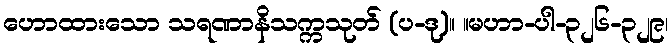
ဟောထားသော သရဏာနိသက္ကသုတ် (ပ-ဒု)။ ။မဟာ-ပါ-၃၂၆-၃၂၉၊